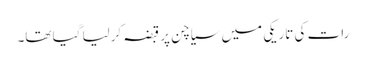
رات کی تاریکی میں سیاچن پر قبضہ کرلیا گیا تھا۔